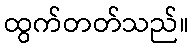
ထွက်တတ်သည်။